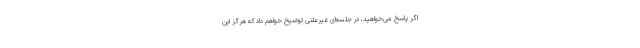
اگر پاسخ می‌خواهید، در جلسه‌ای غیرعلنی توضیح خواهم داد که هرگز این‌